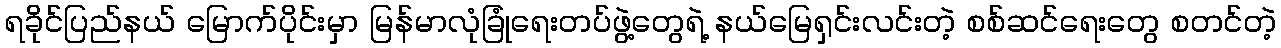
ရခိုင်ပြည်နယ် မြောက်ပိုင်းမှာ မြန်မာလုံခြုံရေးတပ်ဖွဲ့တွေရဲ့ နယ်မြေရှင်းလင်းတဲ့ စစ်ဆင်ရေးတွေ စတင်တဲ့